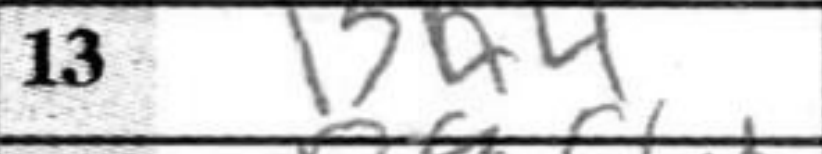
Transcription: Bh4